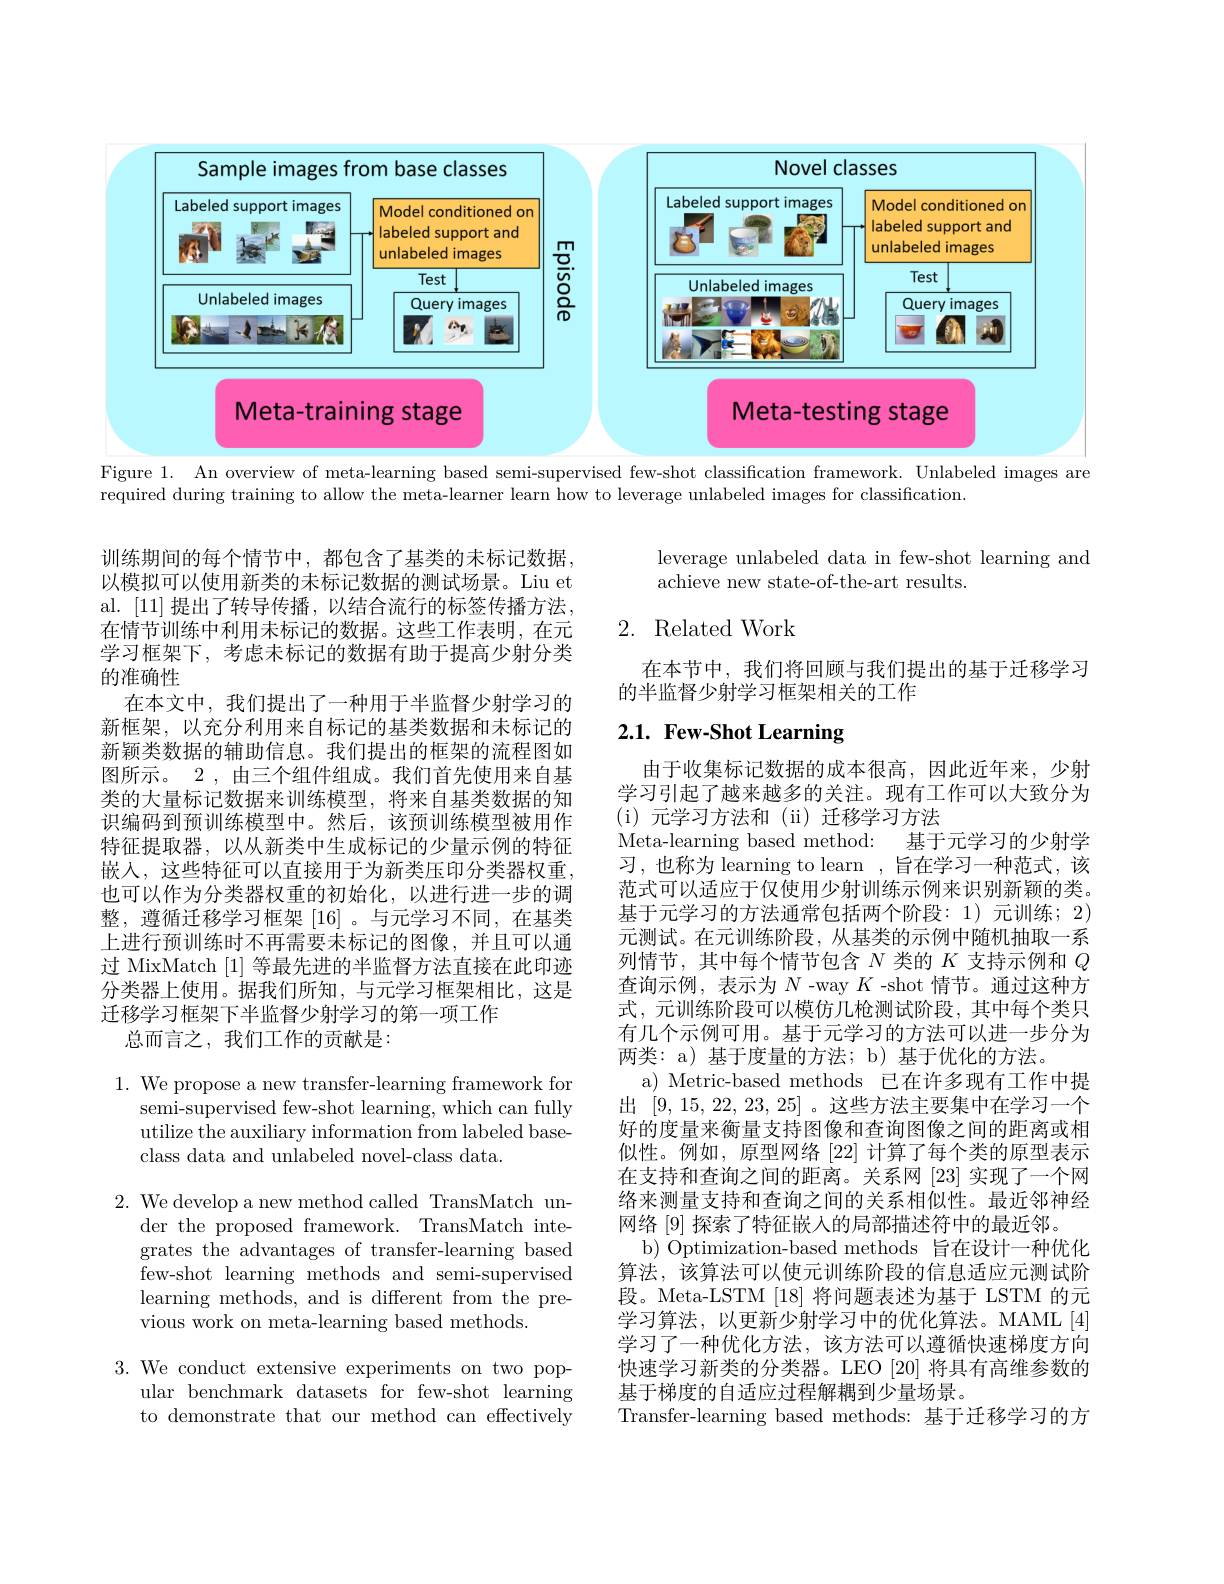
<FigureHere>
Figure 1. An overview of meta-learning based semi-supervised few-shot classification framework. Unlabeled images are

required during training to allow the meta-learner learn how to leverage unlabeled images for classification.

leverage unlabeled data in few-shot learning and
achieve new state-of-the-art results.

## 2. Related Work

在本节中，我们将回顾与我们提出的基于迁移学习
的半监督少射学习框架相关的工作

# 2.1. Few-Shot Learning

训练期间的每个情节中，都包含了基类的未标记数据， 以模拟可以使用新类的未标记数据的测试场景。Liu et al. [11]提出了转导传播，以结合流行的标签传播方法， 在情节训练中利用未标记的数据。这些工作表明，在元学习框架下，考虑未标记的数据有助于提高少射分类的准确性
在本文中，我们提出了一种用于半监督少射学习的新框架，以充分利用来自标记的基类数据和未标记的新颖类数据的辅助信息。我们提出的框架的流程图如图所示。2 , 由三个组件组成。我们首先使用来自基类的大量标记数据来训练模型，将来自基类数据的知识编码到预训练模型中。然后，该预训练模型被用作特征提取器，以从新类中生成标记的少量示例的特征嵌入，这些特征可以直接用于为新类压印分类器权重， 也可以作为分类器权重的初始化，以进行进一步的调整，遵循迁移学习框架[16] 。与元学习不同，在基类上进行预训练时不再需要未标记的图像，并且可以通过 MixMatch [1]等最先进的半监督方法直接在此印迹分类器上使用。据我们所知，与元学习框架相比，这是迁移学习框架下半监督少射学习的第一项工作
总而言之，我们工作的贡献是：

由于收集标记数据的成本很高，因此近年来，少射学习引起了越来越多的关注。现有工作可以大致分为( i) 元学习方法和(ii)迁移学习方法
Meta-learning based method: 基于元学习的少射学习，也称为 learning to learn , 旨在学习一种范式，该范式可以适应于仅使用少射训练示例来识别新颖的类。基于元学习的方法通常包括两个阶段：1)元训练；2) 元测试。在元训练阶段，从基类的示例中随机抽取一系列情节，其中每个情节包含$N$类的$K$支持示例和$Q$ 查询示例，表示为$N$ -way $K$ -shot 情节。通过这种方式，元训练阶段可以模仿几枪测试阶段，其中每个类只有几个示例可用。基于元学习的方法可以进一步分为两类：a) 基于度量的方法；b) 基于优化的方法。
a) Metric-based methods 已在许多现有工作中提出[9,15,22,23,25] 。这些方法主要集中在学习一个好的度量来衡量支持图像和查询图像之间的距离或相似性。例如，原型网络[22]计算了每个类的原型表示在支持和查询之间的距离。关系网[23]实现了一个网络来测量支持和查询之间的关系相似性。最近邻神经网络 [9] 探索了特征嵌入的局部描述符中的最近邻。
b) Optimization-based methods 旨在设计一种优化算法，该算法可以使元训练阶段的信息适应元测试阶段。Meta-LSTM [18]将问题表述为基于 LSTM 的元学习算法，以更新少射学习中的优化算法。MAML[4] 学习了一种优化方法，该方法可以遵循快速梯度方向快速学习新类的分类器。LEO[20] 将具有高维参数的基于梯度的自适应过程解耦到少量场景。
Transfer-learning based methods: 基于迁移学习的方

1. We propose a new transfer-learning framework for
semi-supervised few-shot learning, which can fully utilize the auxiliary information from labeled baseclass data and unlabeled novel-class data.

2. We develop a new method called TransMatch un-
der the proposed framework. TransMatch integrates the advantages of transfer-learning based few-shot learning methods and semi-supervised learning methods, and is different from the previous work on meta-learning based methods.

3. We conduct extensive experiments on two pop-
ular benchmark datasets for few-shot learning to demonstrate that our method can effectively